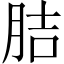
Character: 𦛋